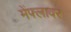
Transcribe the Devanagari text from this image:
मेंफ्लावर